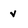
Character: v